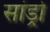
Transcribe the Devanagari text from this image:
सांड्रो